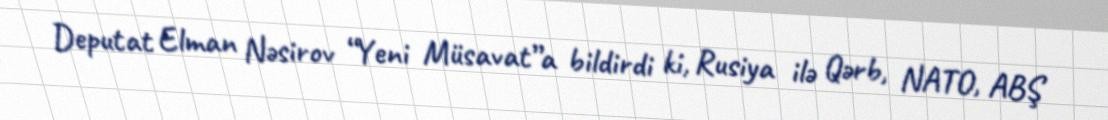
Deputat Elman Nəsirov “Yeni Müsavat”a bildirdi ki, Rusiya ilə Qərb, NATO, ABŞ